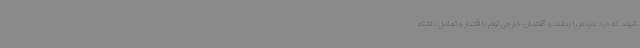
شوند که درد مردم را بدانند و گفتمان خارجی توام با اقتدار و تعامل داشته